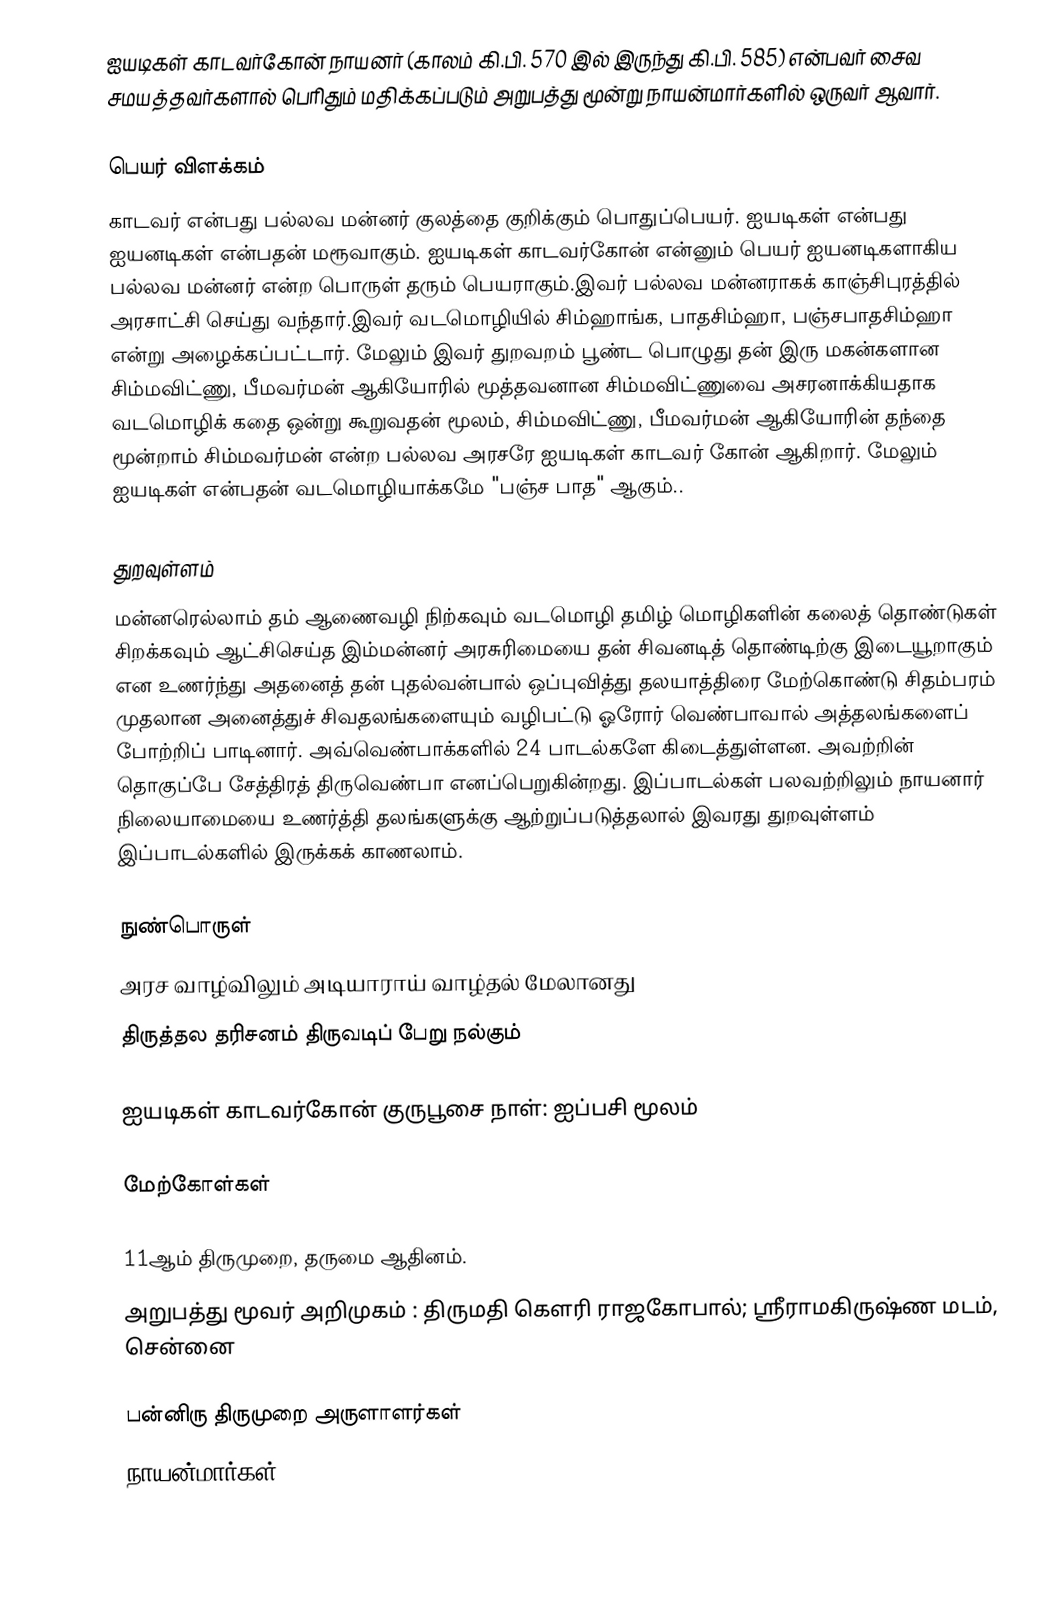
ஐயடிகள் காடவர்கோன் நாயனர் (காலம் கி.பி. 570 இல் இருந்து கி.பி. 585) என்பவர் சைவ சமயத்தவர்களால் பெரிதும் மதிக்கப்படும் அறுபத்து மூன்று நாயன்மார்களில் ஒருவர் ஆவார்.

பெயர் விளக்கம்
காடவர் என்பது பல்லவ மன்னர்  குலத்தை குறிக்கும் பொதுப்பெயர். ஐயடிகள் என்பது ஐயனடிகள் என்பதன் மரூவாகும். ஐயடிகள் காடவர்கோன் என்னும் பெயர் ஐயனடிகளாகிய பல்லவ மன்னர் என்ற பொருள் தரும் பெயராகும்.இவர் பல்லவ மன்னராகக் காஞ்சிபுரத்தில் அரசாட்சி செய்து வந்தார்.இவர் வடமொழியில் சிம்ஹாங்க, பாதசிம்ஹா, பஞ்சபாதசிம்ஹா என்று அழைக்கப்பட்டார். மேலும் இவர் துறவறம் பூண்ட பொழுது தன் இரு மகன்களான சிம்மவிட்ணு, பீமவர்மன் ஆகியோரில் மூத்தவனான சிம்மவிட்ணுவை அசரனாக்கியதாக வடமொழிக் கதை ஒன்று கூறுவதன் மூலம், சிம்மவிட்ணு, பீமவர்மன் ஆகியோரின் தந்தை மூன்றாம் சிம்மவர்மன் என்ற பல்லவ அரசரே ஐயடிகள் காடவர் கோன் ஆகிறார். மேலும் ஐயடிகள் என்பதன் வடமொழியாக்கமே "பஞ்ச பாத" ஆகும்..

துறவுள்ளம்
மன்னரெல்லாம் தம் ஆணைவழி நிற்கவும் வடமொழி தமிழ் மொழிகளின் கலைத் தொண்டுகள் சிறக்கவும் ஆட்சிசெய்த இம்மன்னர் அரசுரிமையை தன் சிவனடித் தொண்டிற்கு இடையூறாகும் என உணர்ந்து அதனைத் தன் புதல்வன்பால் ஒப்புவித்து தலயாத்திரை மேற்கொண்டு சிதம்பரம் முதலான அனைத்துச் சிவதலங்களையும் வழிபட்டு ஓரோர் வெண்பாவால் அத்தலங்களைப் போற்றிப் பாடினார். அவ்வெண்பாக்களில் 24 பாடல்களே கிடைத்துள்ளன. அவற்றின் தொகுப்பே சேத்திரத் திருவெண்பா எனப்பெறுகின்றது. இப்பாடல்கள் பலவற்றிலும் நாயனார் நிலையாமையை உணர்த்தி தலங்களுக்கு ஆற்றுப்படுத்தலால் இவரது துறவுள்ளம் இப்பாடல்களில் இருக்கக் காணலாம்.

நுண்பொருள்
அரச வாழ்விலும் அடியாராய் வாழ்தல் மேலானது
திருத்தல தரிசனம் திருவடிப் பேறு நல்கும்

ஐயடிகள் காடவர்கோன் குருபூசை நாள்: ஐப்பசி மூலம்

மேற்கோள்கள்

11ஆம் திருமுறை, தருமை ஆதினம்.
அறுபத்து மூவர் அறிமுகம் : திருமதி கௌரி ராஜகோபால்; ஸ்ரீராமகிருஷ்ண மடம், சென்னை

பன்னிரு திருமுறை அருளாளர்கள்
நாயன்மார்கள்